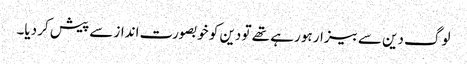
لوگ دین سے بیزار ہو رہے تھے تو دین کو خوبصورت انداز سے پیش کر دیا۔